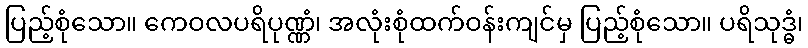
ပြည့်စုံသော။ ကေဝလပရိပုဏ္ဏံ၊ အလုံးစုံထက်ဝန်းကျင်မှ ပြည့်စုံသော။ ပရိသုဒ္ဓံ၊